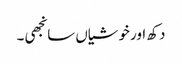
دکھ اور خوشیاں سانجھی۔